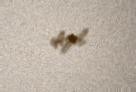
deyil.